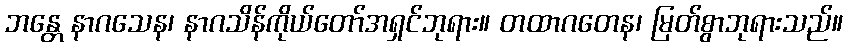
ဘန္တေ နာဂသေန၊ နာဂသိန်ကိုယ်တော်အရှင်ဘုရား။ တထာဂတေန၊ မြတ်စွာဘုရားသည်။